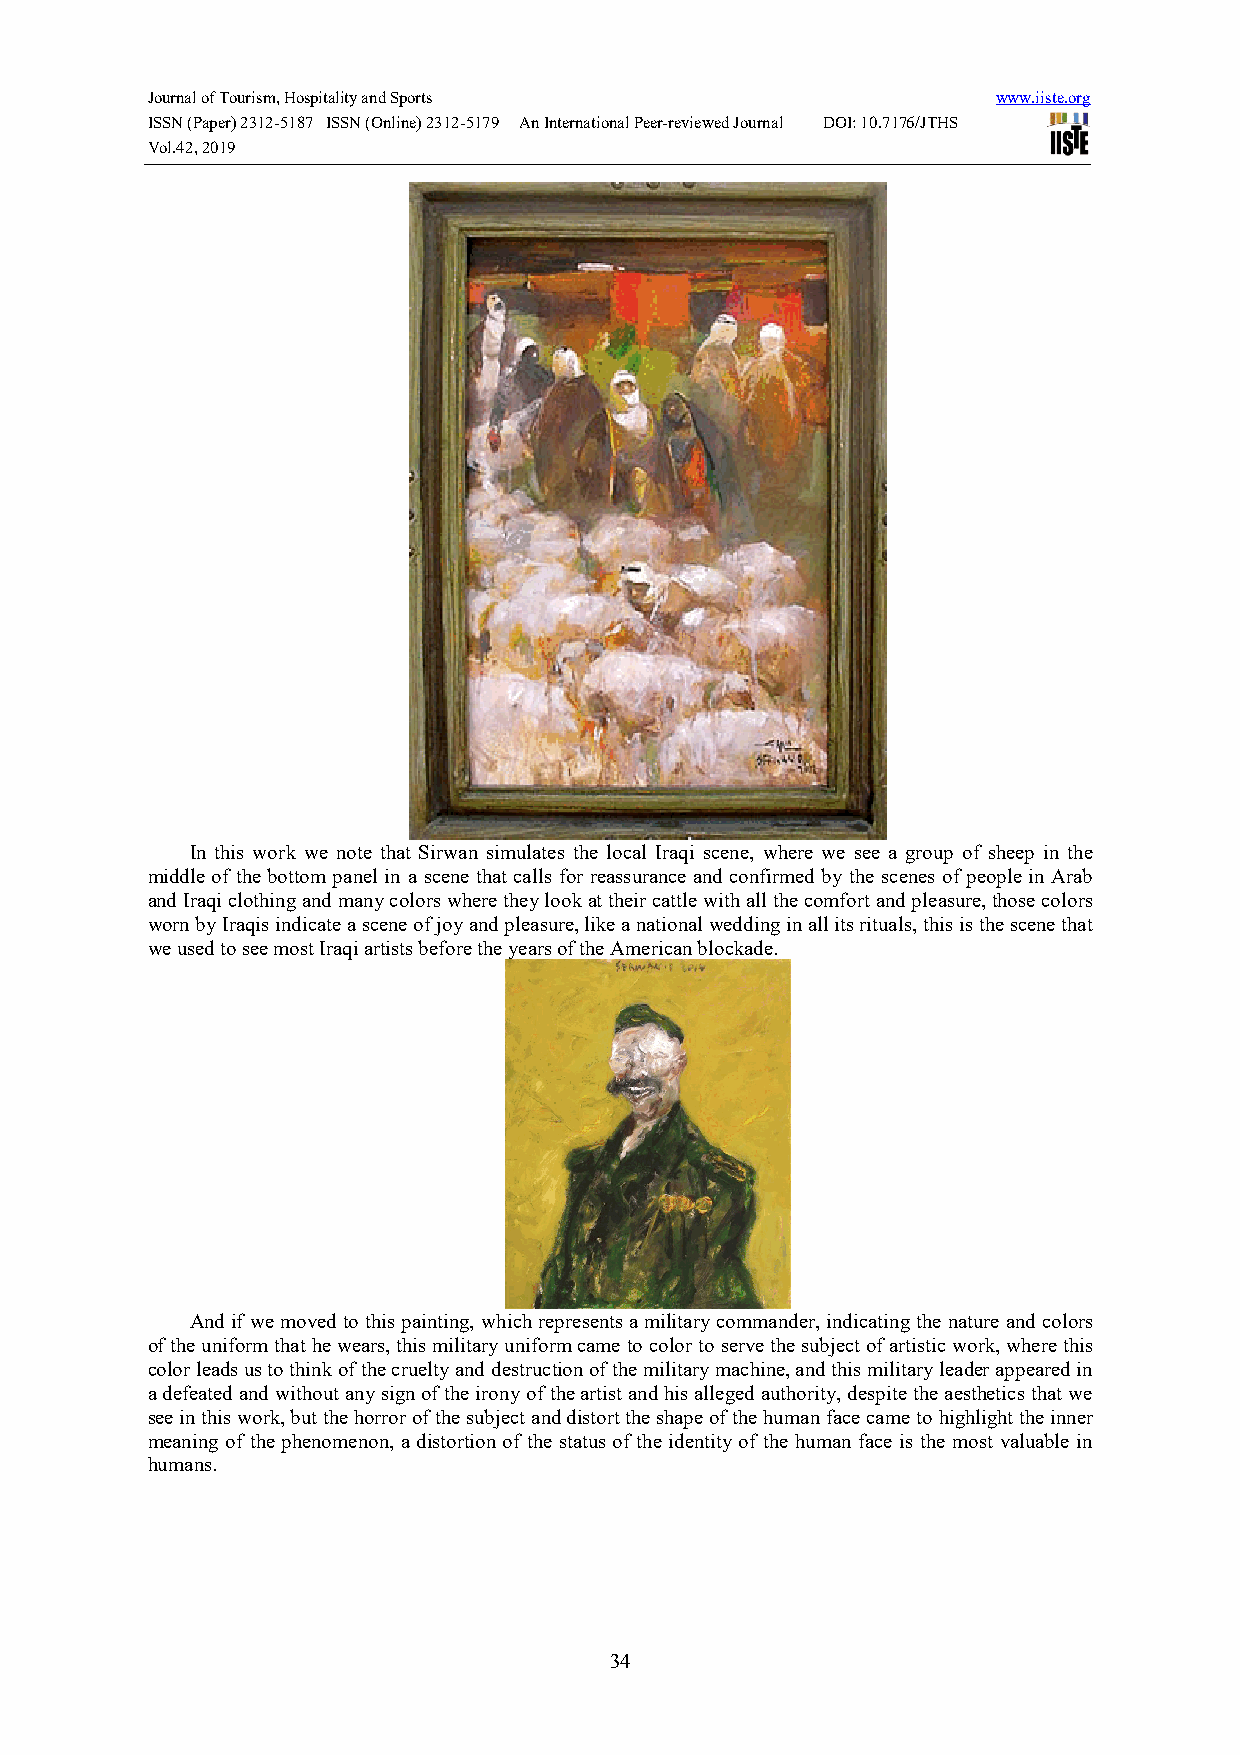
Journal of Tourism, Hospitality and Sports              www.iiste.org
 ISSN (Paper) 2312-5187 ISSN (Online) 2312-5179 An International Peer-reviewed Journal DOI: 10.7176/JTHS
 Vol.42, 2019
 In this work we note that Sirwan simulates the local Iraqi scene, where we see a group of sheep in the
 middle of the bottom panel in a scene that calls for reassurance and confirmed by the scenes of people in Arab
 and Iraqi clothing and many colors where they look at their cattle with all the comfort and pleasure, those colors
 worn by Iraqis indicate a scene of joy and pleasure, like a national wedding in all its rituals, this is the scene that
 we used to see most Iraqi artists before the years of the American blockade.
 And if we moved to this painting, which represents a military commander, indicating the nature and colors
 of the uniform that he wears, this military uniform came to color to serve the subject of artistic work, where this
 color leads us to think of the cruelty and destruction of the military machine, and this military leader appeared in
 a defeated and without any sign of the irony of the artist and his alleged authority, despite the aesthetics that we
 see in this work, but the horror of the subject and distort the shape of the human face came to highlight the inner
 meaning of the phenomenon, a distortion of the status of the identity of the human face is the most valuable in
 humans.
 34